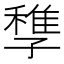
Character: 𡦠